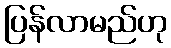
ပြန်လာမည်ဟု